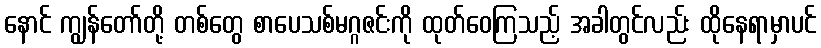
နောင် ကျွန်တော်တို့ တစ်တွေ စာပေသစ်မဂ္ဂဇင်းကို ထုတ်ဝေကြသည့် အခါတွင်လည်း ထိုနေရာမှာပင်